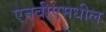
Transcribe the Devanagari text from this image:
एनबीएमधील